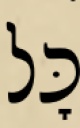
כׇּל